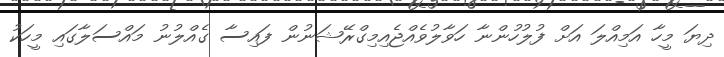
ދިޔަ މީހާ އަމިއްލަ އަށް ފުލުހުންނާ ހަވާލުވެއްޖެއިމިގްރޭޝަނުން ފައިސާ ގެއްލުނު މައްސަލާގައި މީހަކު